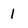
Character: 1